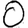
Digit: 0